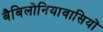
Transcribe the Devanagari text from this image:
बैबिलोनियावासियों